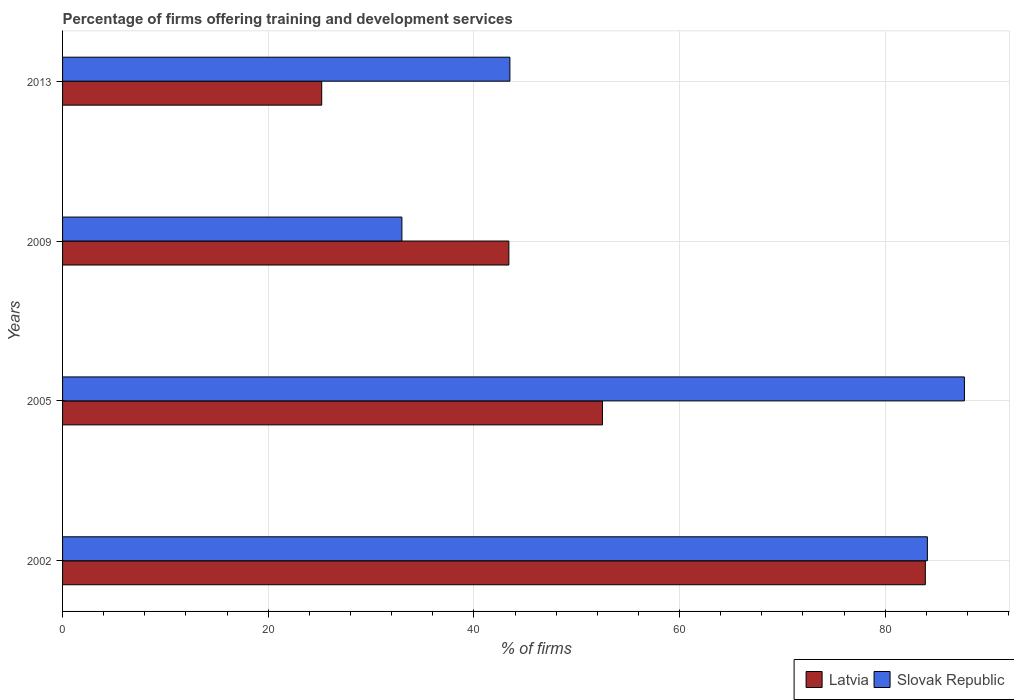
| Years | Latvia | Slovak Republic |
 | --- | --- | --- |
 | 2002 | 83.9 | 84.1 |
 | 2005 | 52.5 | 87.7 |
 | 2009 | 43.4 | 33 |
 | 2013 | 25.2 | 43.5 |